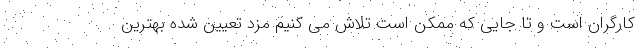
کارگران است و تا جایی که ممکن است تلاش می کنیم مزد تعیین شده بهترین